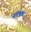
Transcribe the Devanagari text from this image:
नरिएगा